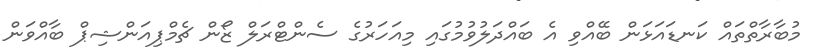
މުބާރާތްތައް ކަނޑައަޅަން ބޭއްވި އެ ބައްދަލުވުމުގައި މިއަހަރުގެ ސެންޓްރަލް ޒޯން ޗެމްޕިއަންޝިޕް ބާއްވަން